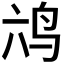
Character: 𮭣